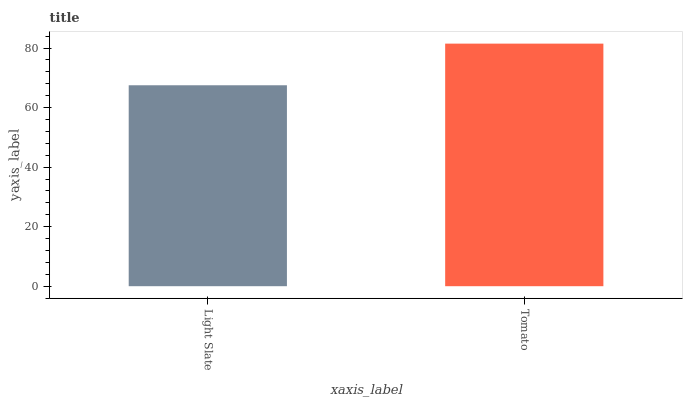
| xaxis_label | bars |
 | --- | --- |
 | Light Slate | 67.5 |
 | Tomato | 81.5 |